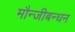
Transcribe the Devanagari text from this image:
मौन्जीबन्धन